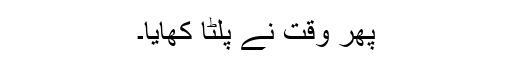
پھر وقت نے پلٹا کھایا۔